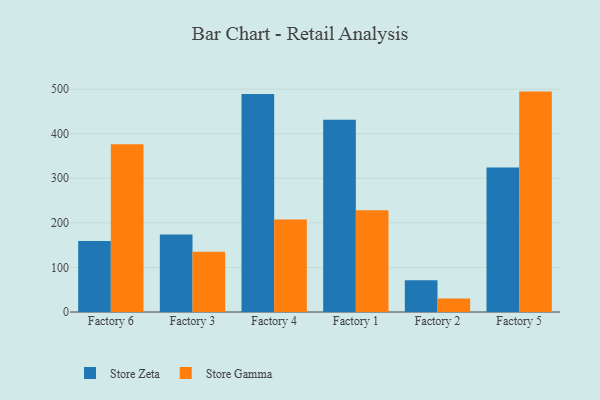
{"axis": {"x": "Factory", "y": "Bounce Rate (%)"}, "legend": ["Store Gamma", "Store Zeta"], "data": [{"x": "Factory 6", "y": 159.4, "type": "Store Zeta"}, {"x": "Factory 6", "y": 376.6, "type": "Store Gamma"}, {"x": "Factory 3", "y": 173.7, "type": "Store Zeta"}, {"x": "Factory 3", "y": 135.1, "type": "Store Gamma"}, {"x": "Factory 4", "y": 489.1, "type": "Store Zeta"}, {"x": "Factory 4", "y": 207.8, "type": "Store Gamma"}, {"x": "Factory 1", "y": 431.4, "type": "Store Zeta"}, {"x": "Factory 1", "y": 228.1, "type": "Store Gamma"}, {"x": "Factory 2", "y": 71.4, "type": "Store Zeta"}, {"x": "Factory 2", "y": 30.1, "type": "Store Gamma"}, {"x": "Factory 5", "y": 324.2, "type": "Store Zeta"}, {"x": "Factory 5", "y": 494.5, "type": "Store Gamma"}]}